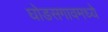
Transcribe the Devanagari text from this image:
घोडसगावमध्ये